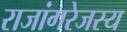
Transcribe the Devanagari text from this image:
राजांगरेजस्य